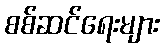
စစ်ဆင်ရေးများ